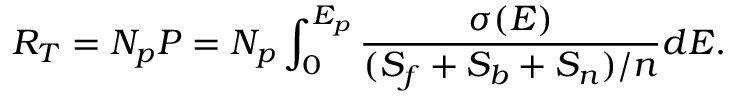
R _ { T } = N _ { p } P = N _ { p } \int _ { 0 } ^ { E _ { p } } \frac { \sigma ( E ) } { ( S _ { f } + S _ { b } + S _ { n } ) / n } d E .